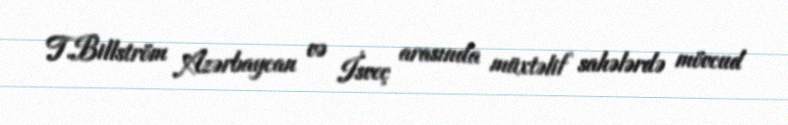
T.Billström Azərbaycan və İsveç arasında müxtəlif sahələrdə mövcud